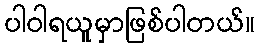
ပါဝါရယူမှာဖြစ်ပါတယ်။